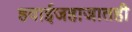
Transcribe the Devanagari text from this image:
हवाईजहाजातही